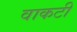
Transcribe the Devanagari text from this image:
वाकटी